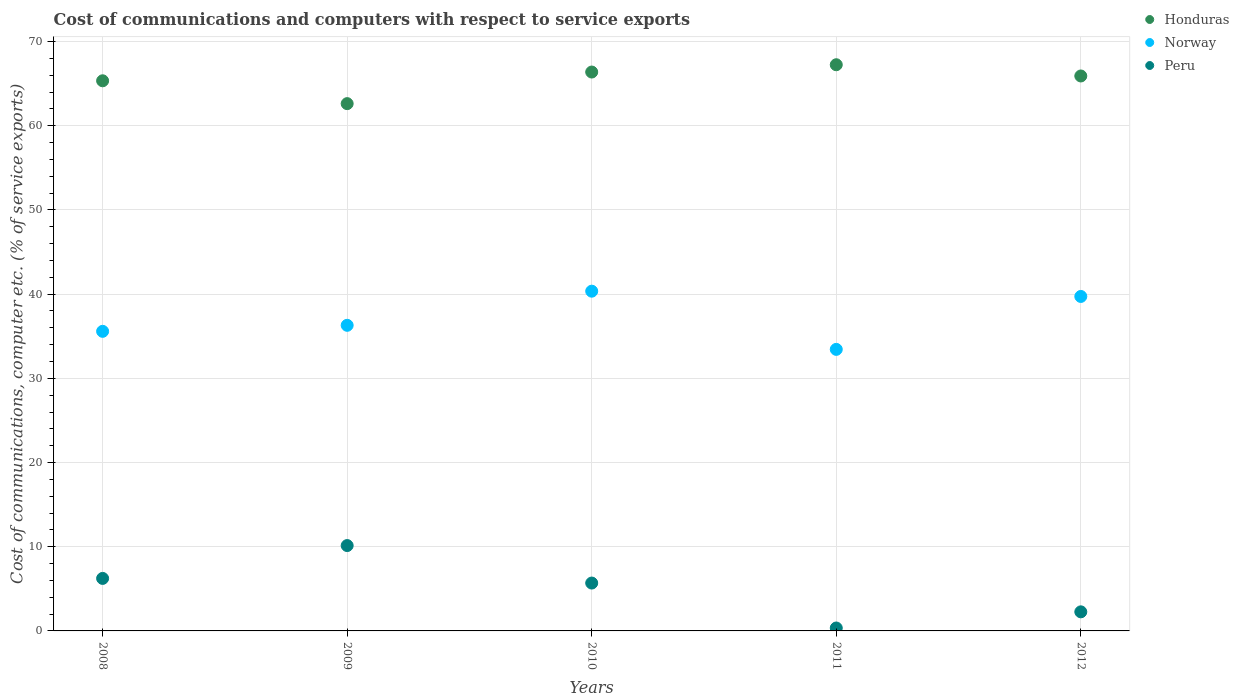
| Years | Honduras | Norway | Peru |
 | --- | --- | --- | --- |
 | 2008 | 65.3 | 35.6 | 6.24 |
 | 2009 | 62.6 | 36.3 | 10.1 |
 | 2010 | 66.4 | 40.4 | 5.69 |
 | 2011 | 67.2 | 33.4 | 0.347 |
 | 2012 | 65.9 | 39.7 | 2.27 |